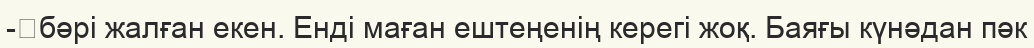
-	бәрі жалған екен. Енді маған ештеңенің керегі жоқ. Баяғы күнәдан пәк